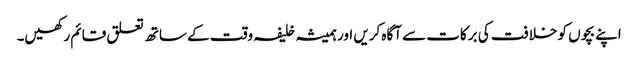
اپنے بچوں کو خلافت کی برکات سے آگاہ کریں اور ہمیشہ خلیفہ وقت کے ساتھ تعلق قائم رکھیں۔